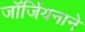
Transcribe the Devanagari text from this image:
जॉर्जियनाने